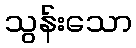
သွန်းသော